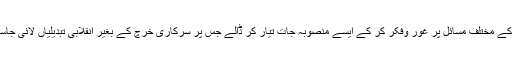
پاکستان کے مختلف مسائل پر غور وفکر کر کے ایسے منصوبہ جات تیار کر ڈالے جس پر سرکاری خرچ کے بغیر انقلابی تبدیلیاں لائی جاسکتی ہیں۔